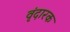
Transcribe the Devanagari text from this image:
वृंदारक